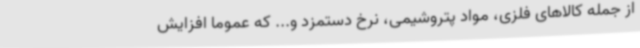
از جمله کالاهای فلزی، مواد پتروشیمی، نرخ دستمزد و... که عموما افزایش